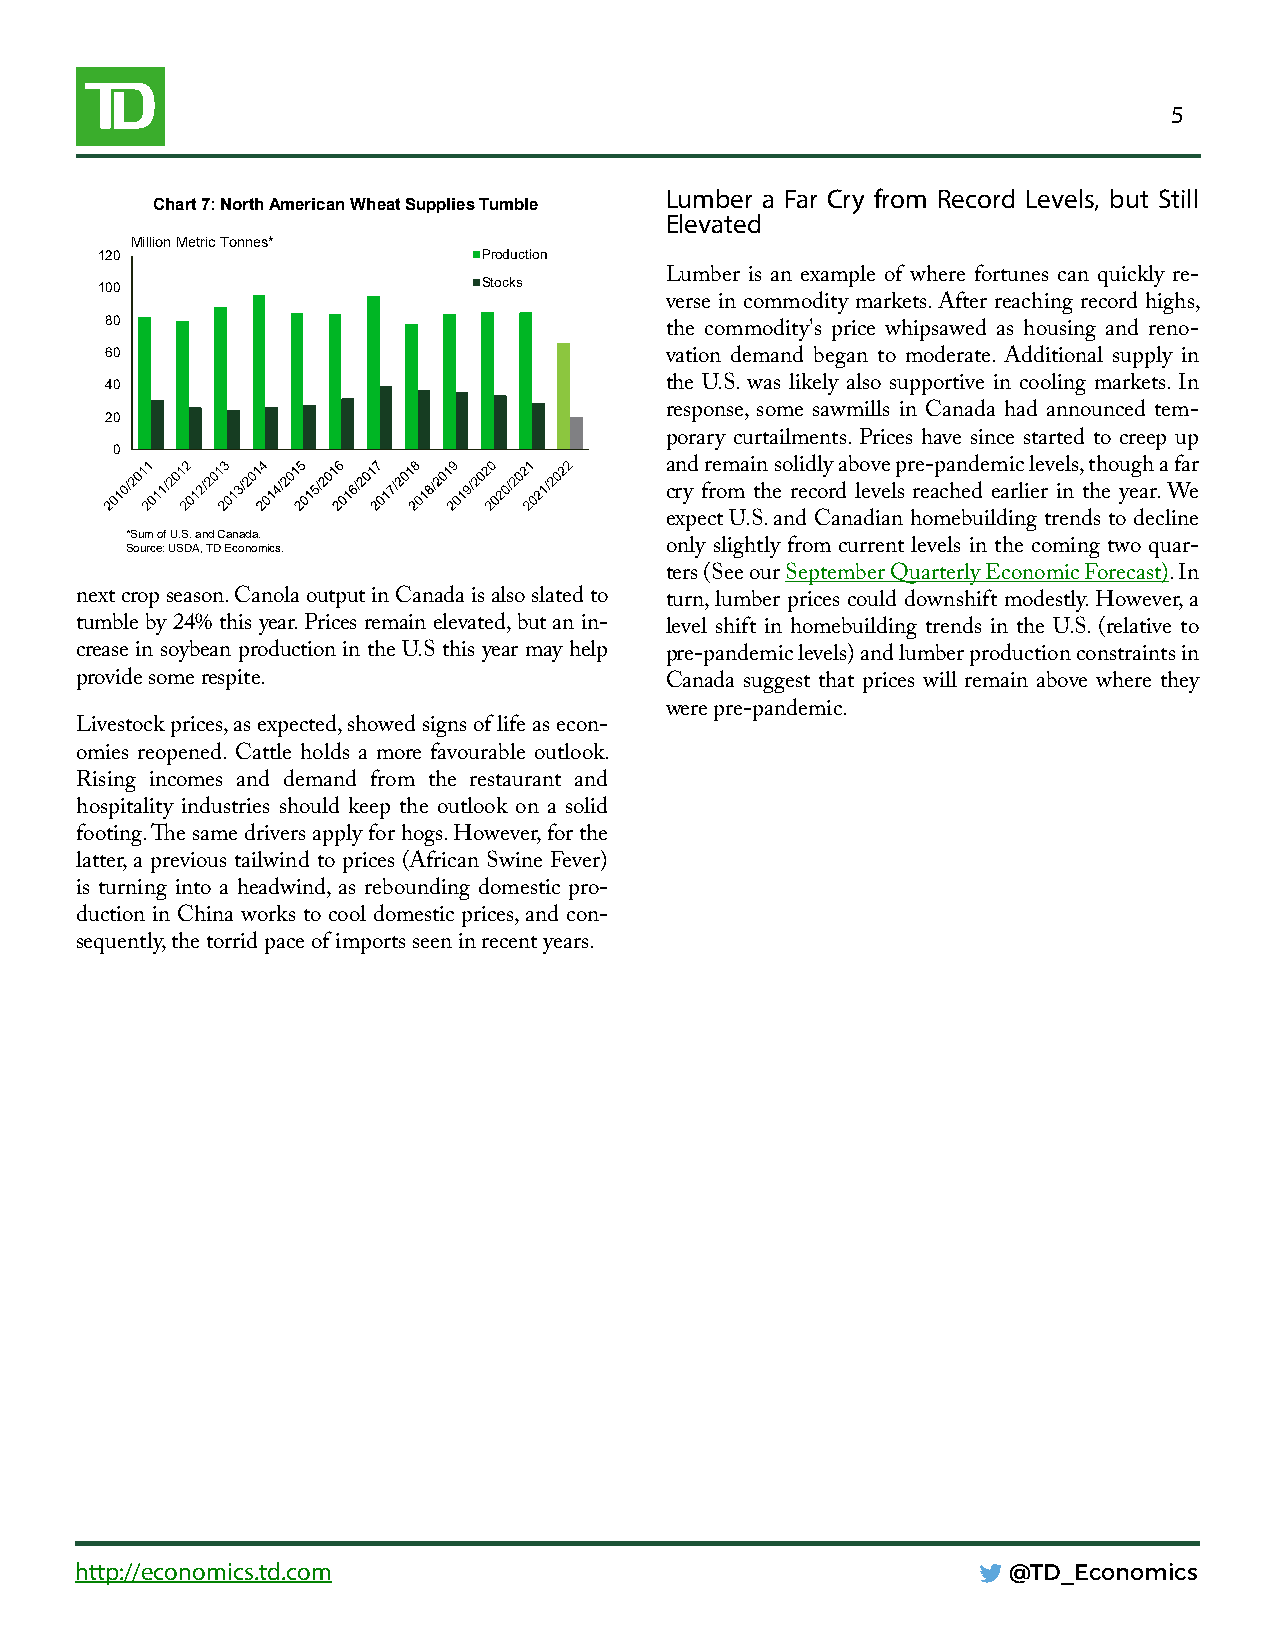
5
 Lumber a Far Cry from Record Levels, but Still
 Chart 7: North American Wheat Supplies Tumble
 Elevated
 Million Metric Tonnes*
 120                       Production
 100                       Stocks      Lumber is an example of where fortunes can quickly re-
 verse in commodity markets. After reaching record highs,
 80
 the commodity's price whipsawed as housing and reno-
 60
 vation demand began to moderate. Additional supply in
 40                                   the U.S. was likely also supportive in cooling markets. In
 20                                   response, some sawmills in Canada had announced tem-
 porary curtailments. Prices have since started to creep up
 0
 and remain solidly above pre-pandemic levels, though a far
 cry from the record levels reached earlier in the year. We
 expect U.S. and Canadian homebuilding trends to decline
 *Sum of U.S. and Canada.
 Source: USDA, TD Economics.         only slightly from current levels in the coming two quar-
 ters (See our September Quarterly Economic Forecast). In
 next crop season. Canola output in Canada is also slated to turn, lumber prices could downshift modestly. However, a
 tumble by 24% this year. Prices remain elevated, but an in- level shift in homebuilding trends in the U.S. (relative to
 crease in soybean production in the U.S this year may help pre-pandemic levels) and lumber production constraints in
 provide some respite.                  Canada suggest that prices will remain above where they
 were pre-pandemic.
 Livestock prices, as expected, showed signs of life as econ-
 omies reopened. Cattle holds a more favourable outlook.
 Rising incomes and demand from the restaurant and
 hospitality industries should keep the outlook on a solid
 footing. The same drivers apply for hogs. However, for the
 latter, a previous tailwind to prices (African Swine Fever)
 is turning into a headwind, as rebounding domestic pro-
 duction in China works to cool domestic prices, and con-
 sequently, the torrid pace of imports seen in recent years.
 http://economics.td.com                                       @TD_Economics